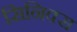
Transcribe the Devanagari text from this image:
सिनिक्स